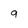
Character: 9